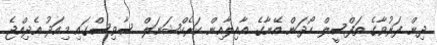
ދިން ފަރުވާގެ ތަފްސީލް ހޯދަން އޭނާގެ އާއިލާއިން ކަރެކްޝަނަލް ސާވިސްގައި މިއަދު އެދިއްޖެ